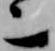
亦